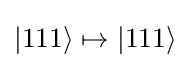
|111\rangle \mapsto |111\rangle